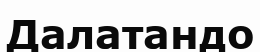
Далатандо